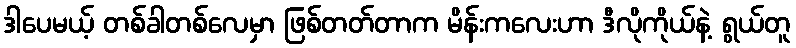
ဒါပေမယ့် တစ်ခါတစ်လေမှာ ဖြစ်တတ်တာက မိန်းကလေးဟာ ဒီလိုကိုယ်နဲ့ ရွယ်တူ